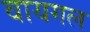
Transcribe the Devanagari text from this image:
वायगल